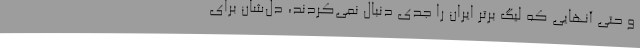
و حتی آنهایی که لیگ برتر ایران را جدی دنبال نمی‌کردند، دل‌شان برای